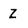
Character: Z